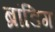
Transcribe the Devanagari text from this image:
ब्रांडिग